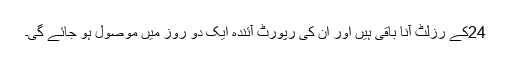
24کے رزلٹ آنا باقی ہیں اور ان کی رپورٹ آئندہ ایک دو روز میں موصول ہو جائے گی۔